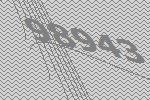
98943